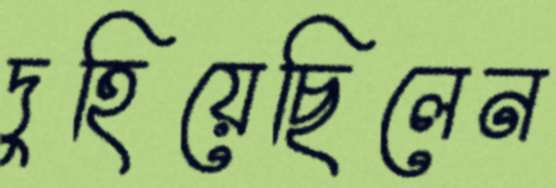
দুহিয়েছিলেন